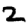
Digit: 2